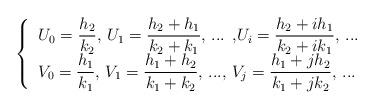
LaTeX: \begin{align*}\left\{ \begin{tabular}{l}$U_{0}=\dfrac{h_{2}}{k_{2}}$, $U_{1}=\dfrac{h_{2}+h_{1}}{k_{2}+k_{1}}$, ... ,$U_{i}=\dfrac{h_{2}+ih_{1}}{k_{2}+ik_{1}}$, ... \\ $V_{0}=\dfrac{h_{1}}{k_{1}}$, $V_{1}=\dfrac{h_{1}+h_{2}}{k_{1}+k_{2}}$, ..., $V_{j}=\dfrac{h_{1}+jh_{2}}{k_{1}+jk_{2}}$, ...\end{tabular}\right. \end{align*}